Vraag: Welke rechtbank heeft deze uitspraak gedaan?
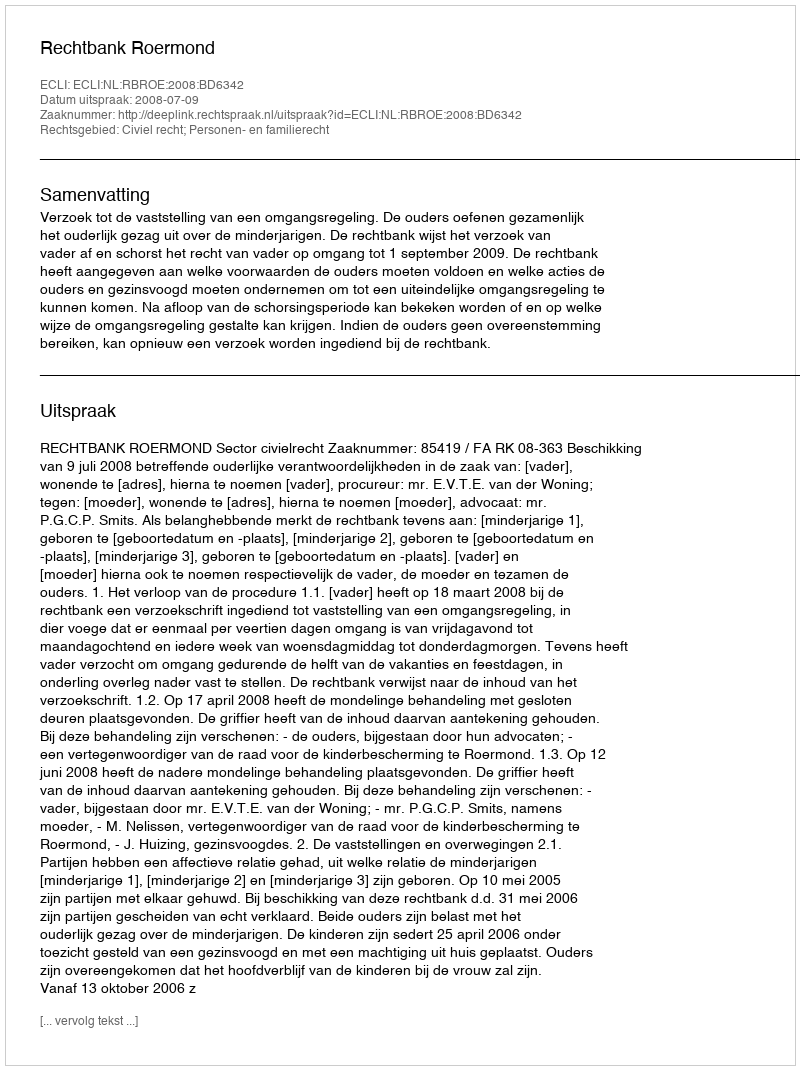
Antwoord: Rechtbank Roermond